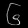
Digit: ၆